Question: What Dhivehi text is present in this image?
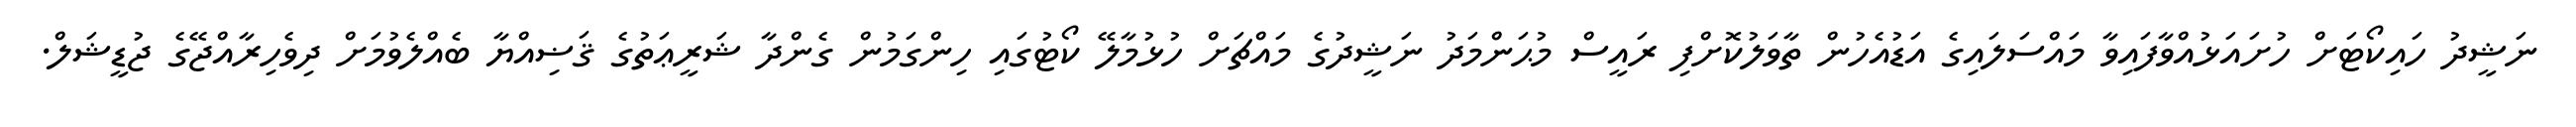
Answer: ނަޝީދު ހައިކޯޓަށް ހުށައަޅުއްވާފައިވާ މައްސަލައިގެ އަޑުއެހުން ތާވަލުކޮށްފި ރައީސް މުޙަންމަދު ނަޝީދުގެ މައްޗަށް ހުޅުމާލޭ ކޯޓުގައި ހިންގަމުން ގެންދާ ޝަރީޢަތުގެ ޤަޟިއްޔާ ބެއްލެވުމަށް ދިވެހިރާއްޖޭގެ ޖުޑީޝަލް.